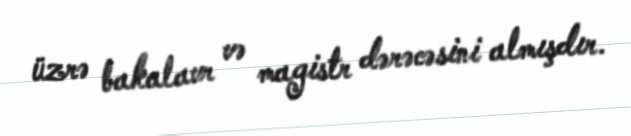
üzrə bakalavr və magistr dərəcəsini almışdır.